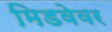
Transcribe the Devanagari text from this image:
मिडवेवर